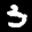
Label: 3